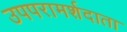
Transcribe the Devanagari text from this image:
उपपरामर्शदाता